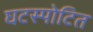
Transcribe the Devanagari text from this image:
घटस्पोटित